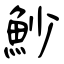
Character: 魦